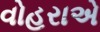
વોહરાએ